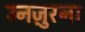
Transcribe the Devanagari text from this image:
उनज़ुरना